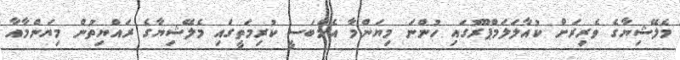
މެލޭޝިޔާގެ ވެރިރަށް ކުއާލަލަމްޕޫރުގައި ހުންނަ މިޔަންމާ އެމްބަސީ ކުރިމަތީގައި މެލޭޝިޔާގެ ރައްޔިތުން މިޔަންމާއާ